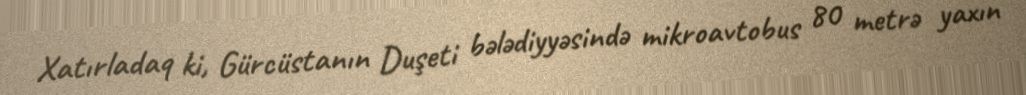
Xatırladaq ki, Gürcüstanın Duşeti bələdiyyəsində mikroavtobus 80 metrə yaxın